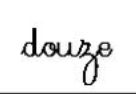
douze